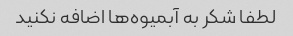
لطفا شکر به آبمیوه‌ها اضافه نکنید